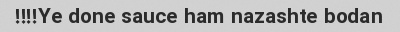
Ye done sauce ham nazashte bodan!!!!